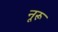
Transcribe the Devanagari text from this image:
नूरू